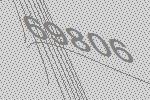
69806